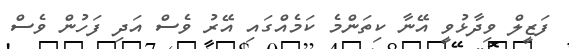
ފަޒީލް ވިދާޅުވީ އޭނާ ކިތަންމެ ކަމެއްގައި އޭރު ވެސް އަދި ފަހުން ވެސް